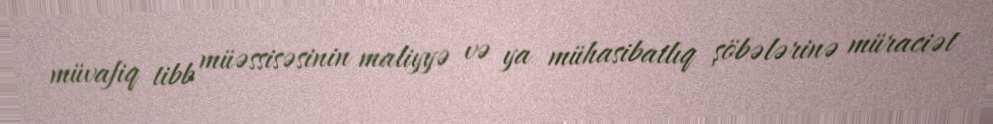
müvafiq tibb müəssisəsinin maliyyə və ya mühasibatlıq şöbələrinə müraciət